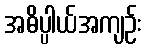
အဓိပ္ပါယ်အကျဉ်း